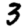
Digit: 3